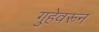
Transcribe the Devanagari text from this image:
गुहेवरून